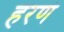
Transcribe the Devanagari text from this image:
हरणं